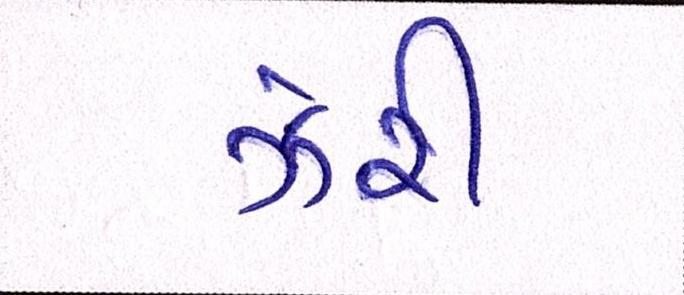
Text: ઝેરી